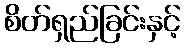
စိတ်ရှည်ခြင်းနှင့်